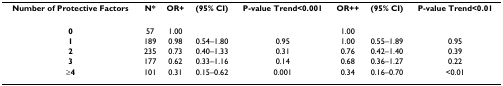
<table><thead><tr><td><b>Number of Protective Factors</b></td><td><b>N*</b></td><td><b>OR+</b></td><td><b>(95% CI)</b></td><td><b>P-value Trend&lt;0.001</b></td><td><b>OR++</b></td><td><b>(95% CI)</b></td><td><b>P-value Trend&lt;0.01</b></td></tr></thead><tbody><tr><td><b>0</b></td><td>57</td><td>1.00</td><td></td><td></td><td>1.00</td><td></td><td></td></tr><tr><td><b>1</b></td><td>189</td><td>0.98</td><td>0.54–1.80</td><td>0.95</td><td>1.00</td><td>0.55–1.89</td><td>0.95</td></tr><tr><td><b>2</b></td><td>235</td><td>0.73</td><td>0.40–1.33</td><td>0.31</td><td>0.76</td><td>0.42–1.40</td><td>0.39</td></tr><tr><td><b>3</b></td><td>177</td><td>0.62</td><td>0.33–1.16</td><td>0.14</td><td>0.68</td><td>0.36–1.27</td><td>0.22</td></tr><tr><td><b>≥4</b></td><td>101</td><td>0.31</td><td>0.15–0.62</td><td>0.001</td><td>0.34</td><td>0.16–0.70</td><td>&lt;0.01</td></tr></tbody></table>